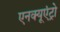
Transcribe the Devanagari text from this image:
एनक्यूएंट्रो